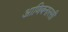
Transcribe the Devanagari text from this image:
आणिबनारसी